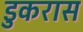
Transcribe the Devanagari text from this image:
डुकरास